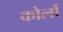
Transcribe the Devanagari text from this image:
कोर्लो